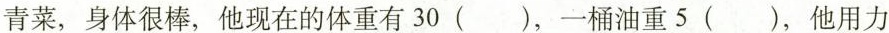
青菜，身体很棒，他现在的体重有30()，一桶油重5()，他用力